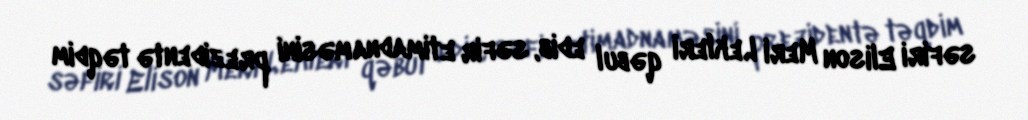
səfiri Elison Meri Lekleri qəbul edib, səfir etimadnaməsini prezidentə təqdim